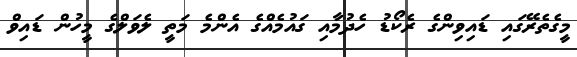
މީގެތެރޭގައި ޑައިިވިންގެ ރެކޯޑު ހެދުމާއި ގައުމެއްގެ އެންމެ މަތީ ލެވަލްގެ މީހުން ޑައިވް